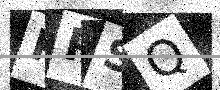
Text: PPSQ